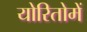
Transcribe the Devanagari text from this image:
योरितोमें